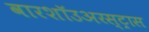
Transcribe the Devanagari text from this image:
वारशॉउअरस्ट्रास